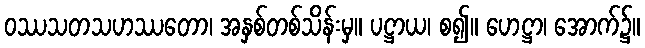
ဝဿသတသဟဿတော၊ အနှစ်တစ်သိန်းမှ။ ပဋ္ဌာယ၊ စ၍။ ဟေဋ္ဌာ၊ အောက်၌။